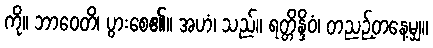
ကို။ ဘာဝေတိ၊ ပွားစေ၏။ အဟံ၊ သည်။ ရတ္တိန္ဒိဝံ၊ တညဉ့်တနေ့မျှ။